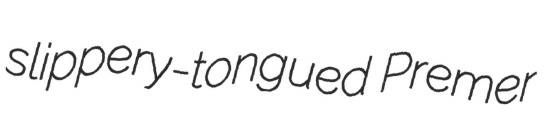
slippery-tongued Premer